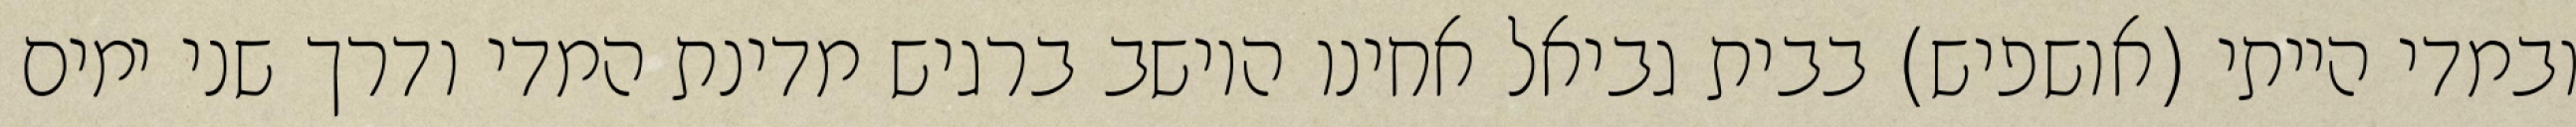
ובמדי הייתי (אושפיש) בבית גביאל אחינו היושב ברגיש מדינת המדי ודרך שני ימים